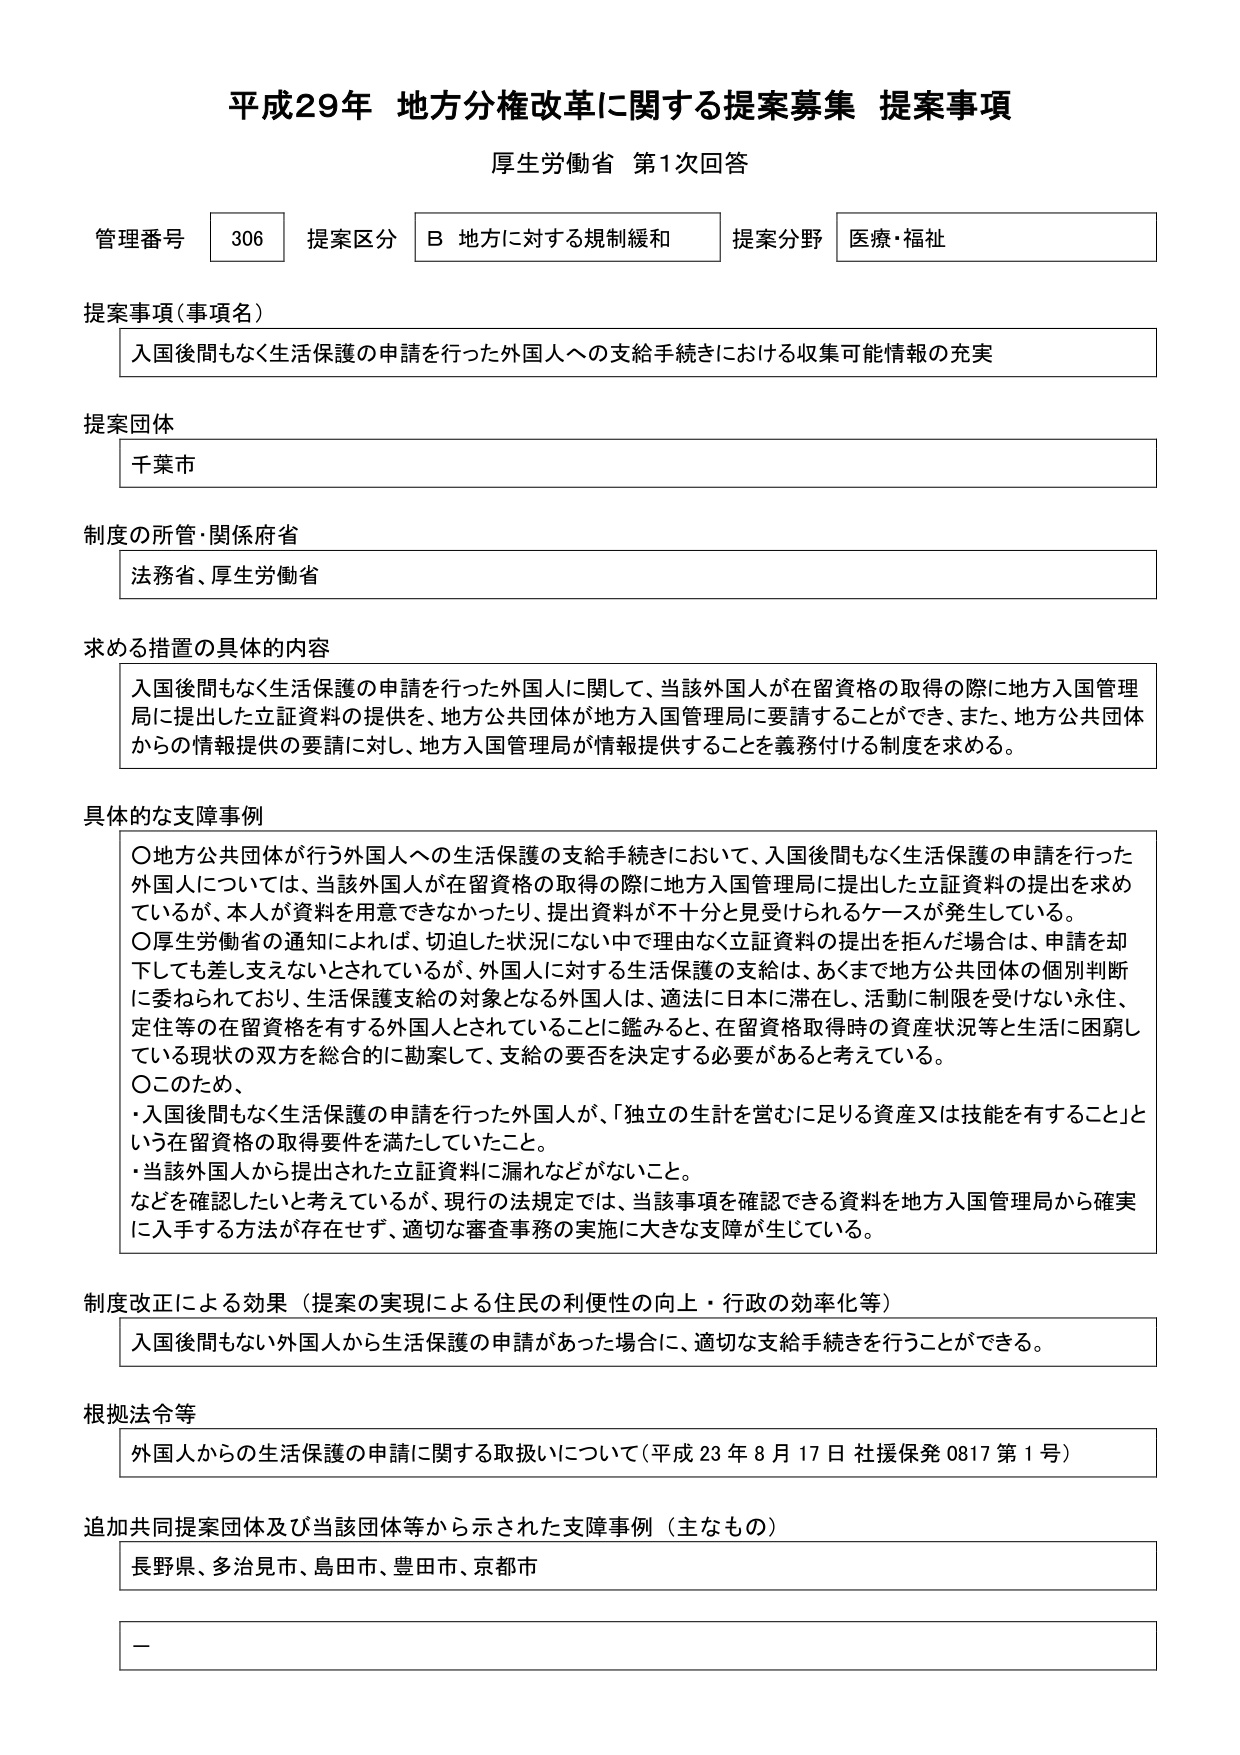
平成29年 地方分権改革に関する提案募集 提案事項
厚生労働省 第1次回答

管理番号 306 提案区分 B 地方に対する規制緩和 提案分野 医療・福祉

提案事項（事項名）
入国後間もなく生活保護の申請を行った外国人への支給手続きにおける収集可能情報の充実

提案団体
千葉市

制度の所管・関係府省
法務省、厚生労働省

求める措置の具体的内容
入国後間もなく生活保護の申請を行った外国人に関して、当該外国人が在留資格の取得の際に地方入国管理局に提出した立証資料の提供を、地方公共団体が地方入国管理局に要請することができ、また、地方公共団体からの情報提供の要請に対し、地方入国管理局が情報提供することを義務付ける制度を求める。

具体的な支障事例
〇地方公共団体が行う外国人への生活保護の支給手続きにおいて、入国後間もなく生活保護の申請を行った外国人については、当該外国人が在留資格の取得の際に地方入国管理局に提出した立証資料の提出を求めているが、本人が資料を用意できなかったり、提出資料が不十分と見受けられるケースが発生している。
〇厚生労働省の通知によれば、切迫した状況にない中で理由なく立証資料の提出を拒んだ場合は、申請を却下しても差し支えないとされているが、外国人に対する生活保護の支給は、あくまで地方公共団体の個別判断に委ねられており、生活保護支給の対象となる外国人は、適法に日本に滞在し、活動に制限を受けない永住、定住等の在留資格を有する外国人とされていることに鑑みると、在留資格取得時の資産状況等と生活に困窮している現状の双方を総合的に勘案して、支給の要否を決定する必要があると考えている。
〇このため、
・入国後間もなく生活保護の申請を行った外国人が、「独立の生計を営むに足りる資産又は技能を有すること」という在留資格の取得要件を満たしていたこと。
・当該外国人から提出された立証資料に漏れなどががないこと。
などを確認したいと考えているが、現行の法規定では、当該事項を確認できる資料を地方入国管理局から確実に入手する方法が存在せず、適切な審査事務の実施に大きな支障が生じている。

制度改正による効果（提案の実現による住民の利便性の向上・行政の効率化等）
入国後間もない外国人から生活保護の申請があった場合に、適切な支給手続きを行うことができる。

根拠法令等
外国人からの生活保護の申請に関する取扱いについて（平成23年8月17日 社援保発0817第1号）

追加共同提案団体及び当該団体等から示された支障事例（主なもの）
長野県、多治見市、島田市、豊田市、京都市

ー